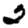
Digit: 2